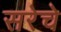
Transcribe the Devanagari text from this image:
सरेचे